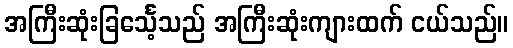
အကြီးဆုံးခြင်္သေ့သည် အကြီးဆုံးကျားထက် ငယ်သည်။